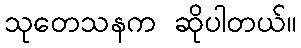
သုတေသနက ဆိုပါတယ်။